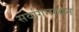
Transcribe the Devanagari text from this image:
सर्वांगनाथन